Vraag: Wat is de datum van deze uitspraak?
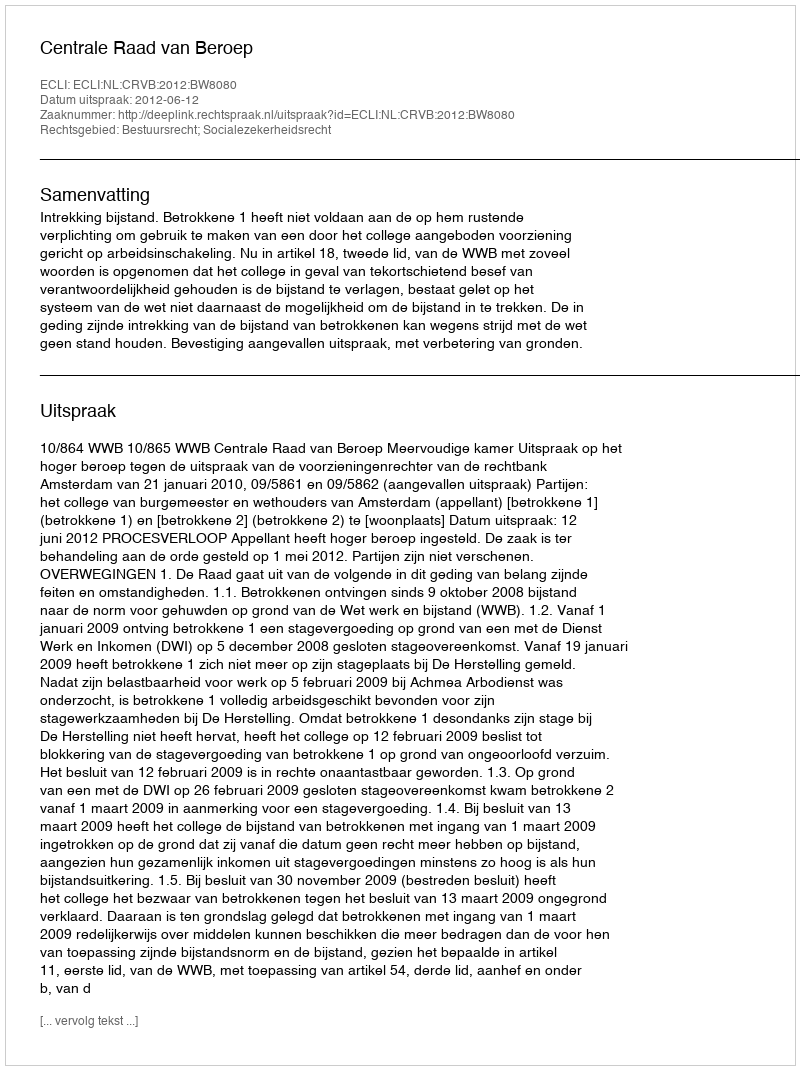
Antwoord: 2012-06-12